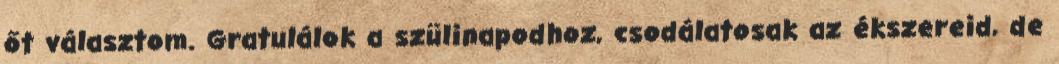
őt választom. Gratulálok a szülinapodhoz, csodálatosak az ékszereid, de